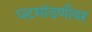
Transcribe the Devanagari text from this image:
घटमांडणीवर